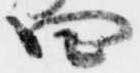
四